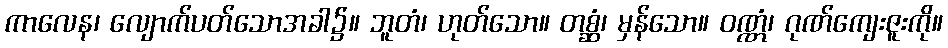
ကာလေန၊ လျောက်ပတ်သောအခါ၌။ ဘူတံ၊ ဟုတ်သော။ တစ္ဆံ၊ မှန်သော။ ဝဏ္ဏံ၊ ဂုဏ်ကျေးဇူးကို။